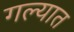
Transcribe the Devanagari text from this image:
गल्यात